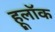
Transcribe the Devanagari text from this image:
हूलॉक